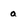
Character: a